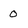
Character: 0